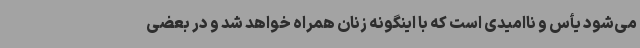
می‌شود یأس و ناامیدی است که با اینگونه زنان همراه خواهد شد و در بعضی